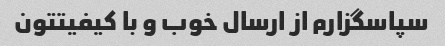
سپاسگزارم از ارسال خوب و با کیفیتتون